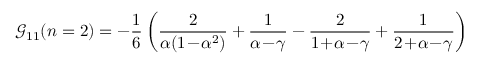
{ \mathcal G } _ { 1 1 } ( n = 2 ) = - \frac 1 6 \left( \frac { 2 } { \alpha ( 1 \! - \! \alpha ^ { 2 } ) } + \frac { 1 } { \alpha \! - \! \gamma } - \frac { 2 } { 1 \! + \! \alpha \! - \! \gamma } + \frac { 1 } { 2 \! + \! \alpha \! - \! \gamma } \right) \nonumber